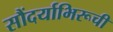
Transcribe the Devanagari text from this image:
सौंदर्याभिरूची